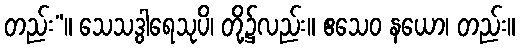
တည်း”။ သေသဒွါရေသုပိ၊ တို့၌လည်း။ ဧသေဝ နယော၊ တည်း။